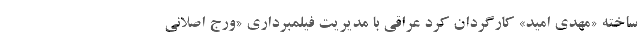
ساخته «مهدی اميد» کارگردان کُرد عراقی با مدیریت فیلمبرداری «ورج اصلانی